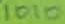
Text: 1010